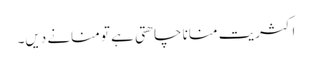
اکثریت منانا چاھتی ہے تو منانے دیں۔